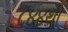
૮૪૪થી